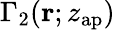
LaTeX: \Gamma_{2}(\mathbf{r};z_{\mathrm{ap}})